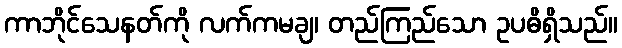
ကာဘိုင်သေနတ်ကို လက်ကမချ၊ တည်ကြည်သော ဥပဓိရှိသည်။